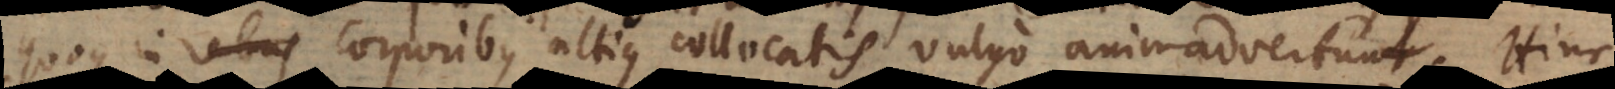
quoque in rebus corporibus altius collocatis vulgo animadvertunt. Hinc